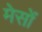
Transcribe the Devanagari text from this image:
मेसों